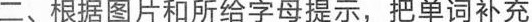
二、根据图片和所给字母提示，把单词补充